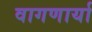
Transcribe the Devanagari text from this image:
वागणार्या